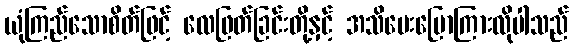
ယုံကြည်သောစိတ်ဖြင့် လေဖြတ်ခြင်းတို့နှင့် အသိပေးပြောကြားလိုပါသည်